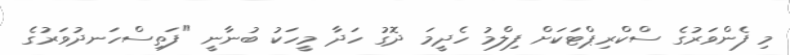
މި ފެންވަރުގެ ސްކްރިޕްޓަކަށް ފިލްމު ހެދީމަ ދޮގު ހަދާ މީހަކު ބުނާނީ "ފަތިސްހަނދުވަރުގެ